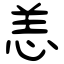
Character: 恙